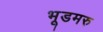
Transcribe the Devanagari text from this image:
भूडमरु